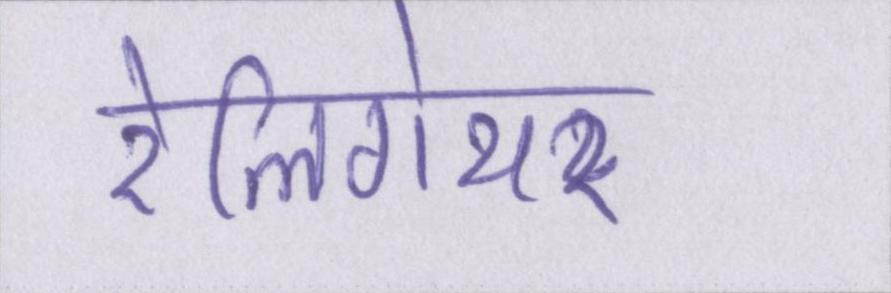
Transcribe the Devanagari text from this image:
रेलिगेयर